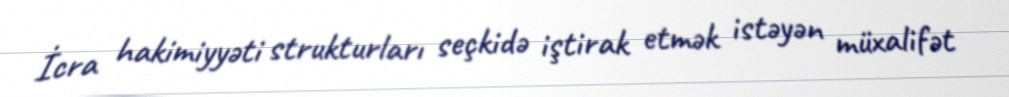
İcra hakimiyyəti strukturları seçkidə iştirak etmək istəyən müxalifət